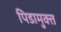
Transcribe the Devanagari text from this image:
पिडामुक्त